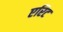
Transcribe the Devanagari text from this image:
एरिट